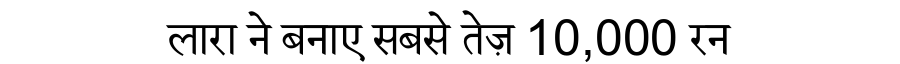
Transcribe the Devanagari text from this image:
लारा ने बनाए सबसे तेज़ 10,000 रन